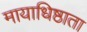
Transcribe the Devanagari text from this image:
मायाधिष्ठाता